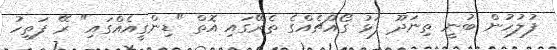
ފުލުހުން ބުނީ ތިނަދޫ ފަޅު ގޯއްޗެއްގެ ތެރޭގައި އޮތް "ޑިންގީއެއްގައި" ރޭ ފަތިހު